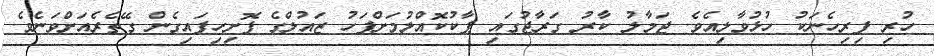
ހުރި ފިރިހެނަކު ހުޅުވާލިއެވެ. ޖަމާލު ކާރު ގަރާޖުގައި ޕާކުކޮއްލުމަށްފަހު ޒައުލްގެ ފޮށިހިފައިގެން ގޭތެރެއަށްވަނެވެ.